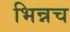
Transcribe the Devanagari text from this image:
भिन्नच